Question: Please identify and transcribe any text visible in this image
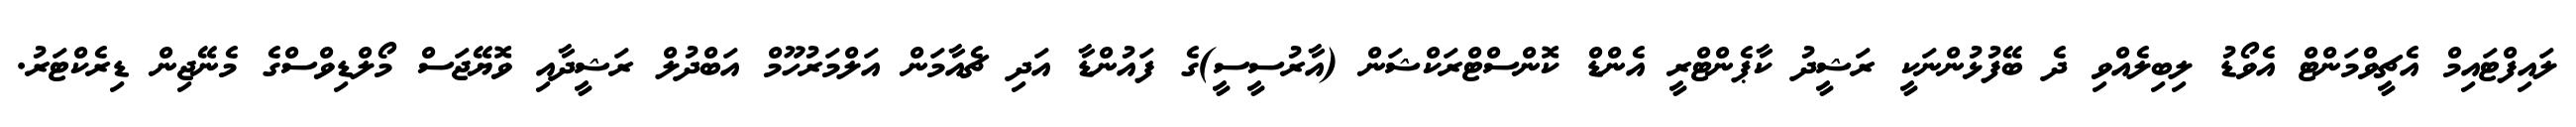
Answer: ލައިފްޓައިމް އެޗީވްމަންޓް އެވޯޑު ލިބިލެއްވި ދެ ބޭފުޅުންނަކީ ރަޝީދު ކާޕެންޓްރީ އެންޑް ކޮންސްޓްރަކްޝަން (އާރުސީސީ)ގެ ފައުންޑާ އަދި ޗެއާމަން އަލްމަރުހޫމް އަބްދުލް ރަޝީދާއި ވޮޔޭޖަސް މޯލްޑިވްސްގެ މެނޭޖިން ޑިރެކްޓަރު.